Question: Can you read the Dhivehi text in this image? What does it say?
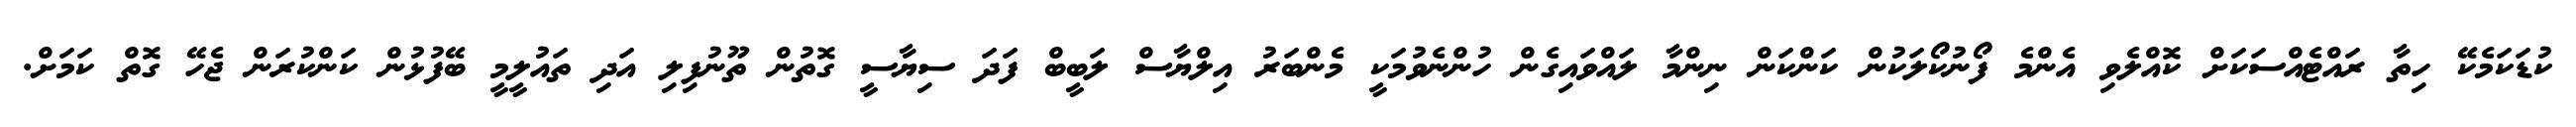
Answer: ކުޑަކަމެކޭ ހިތާ ރައްޓެއްސަކަށް ކޮއްލެވި އެންމެ ފޯނުކޯލަކުން ކަންކަން ނިންމާ ލައްވައިގެން ހުންނެވުމަކީ މެންބަރު އިލްޔާސް ލަބީބް ފަދަ ސިޔާސީ ގޮތުން ތޫނުފިލި އަދި ތައުލީމީ ބޭފުޅުން ކަންކުރަން ޖެހޭ ގޮތް ކަމަށް.